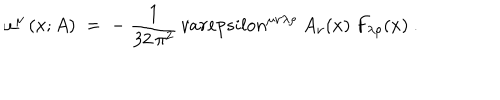
LaTeX: \omega ^ { \mu } \left( x ; A \right) \; = \; - ~ \frac { 1 } { 3 2 \, \pi ^ { 2 } } \, v a r e p s i l o n ^ { \mu \nu \lambda \rho } ~ A _ { \nu } ( x ) ~ F _ { \lambda \rho } ( x ) ~ .